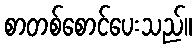
စာတစ်စောင်ပေးသည်။